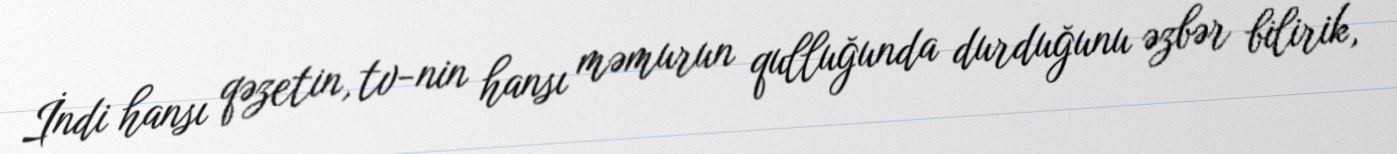
İndi hansı qəzetin, tv-nin hansı məmurun qulluğunda durduğunu əzbər bilirik,